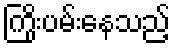
ကြိုးပမ်းနေသည့်